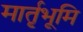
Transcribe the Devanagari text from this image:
मार्तृभूमि